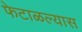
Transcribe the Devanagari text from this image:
फेटाळल्यास